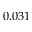
0 . 0 3 1